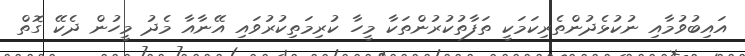
އައިބުވުމާއި ނުކުޅެދުންތެރިކަމަކީ ތަފާތުކުރުންތަކާ މީހާ ކުރިމަތިކުރުވައި އޭނާއާ މެދު މީހުން ދެކޭ ގޮތް